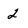
Character: 2